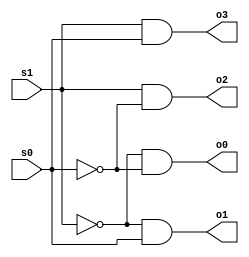
//Name : Jidnyasa Dhavale
//Programming assignment 1
// 2x4 decoder  

module DecoderMod( s1, s0, o0, o1, o2, o3);  // module definition
 
   input s1, s0;
   output o0, o1, o2, o3;
   wire s1_inv, s0_inv; 	
   
   not(s1_inv, s1);			// using bit pattern counting
   not(s0_inv, s0); 
     
   and(o0, s1_inv, s0_inv);
   and(o1, s1_inv, s0);
   and(o2, s1, s0_inv);
   and(o3, s1, s0);
   
    
endmodule

module TestMod;   			// module to test-run
   reg s1, s0;         
   wire o0, o1, o2, o3;   // additional wires

   DecoderMod my_decoder( s1, s0, o0, o1, o2, o3); // create instance

   initial begin
     
      $display("Time\ts1\ts0\to0\to1\to2\to3");
      $display("------------------------------------------------------------");
      $monitor("%0d\t%b\t%b\t%b\t%b\t%b\t%b", $time,  s1, s0, o0, o1, o2, o3);     
	 
     end

   initial begin   // infinite loop
      s1 = 0; 
      s0 = 0;  
       #1;         // wait 1 simulation time unit/cycle
      s1 = 0;      
      s0 = 1;  
      #1;
      s1 = 1;  
      s0 = 0;      
      #1;         
      s1 = 1; 
      s0 = 1;      
      #1;
   end
endmodule